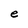
Character: e